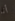
أنا